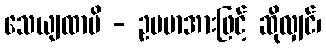
သေယျထာပိ - ဥပမာအားဖြင့် ဆိုလျှင်၊